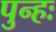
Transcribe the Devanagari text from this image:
पुन्हः